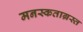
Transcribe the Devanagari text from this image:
मनस्कताग्रस्त